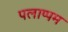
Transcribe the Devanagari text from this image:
पलाप्पम